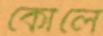
কোলে